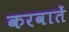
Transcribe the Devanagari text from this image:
करवातें